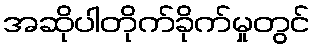
အဆိုပါတိုက်ခိုက်မှုတွင်